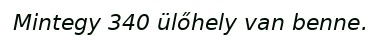
Mintegy 340 ülőhely van benne.